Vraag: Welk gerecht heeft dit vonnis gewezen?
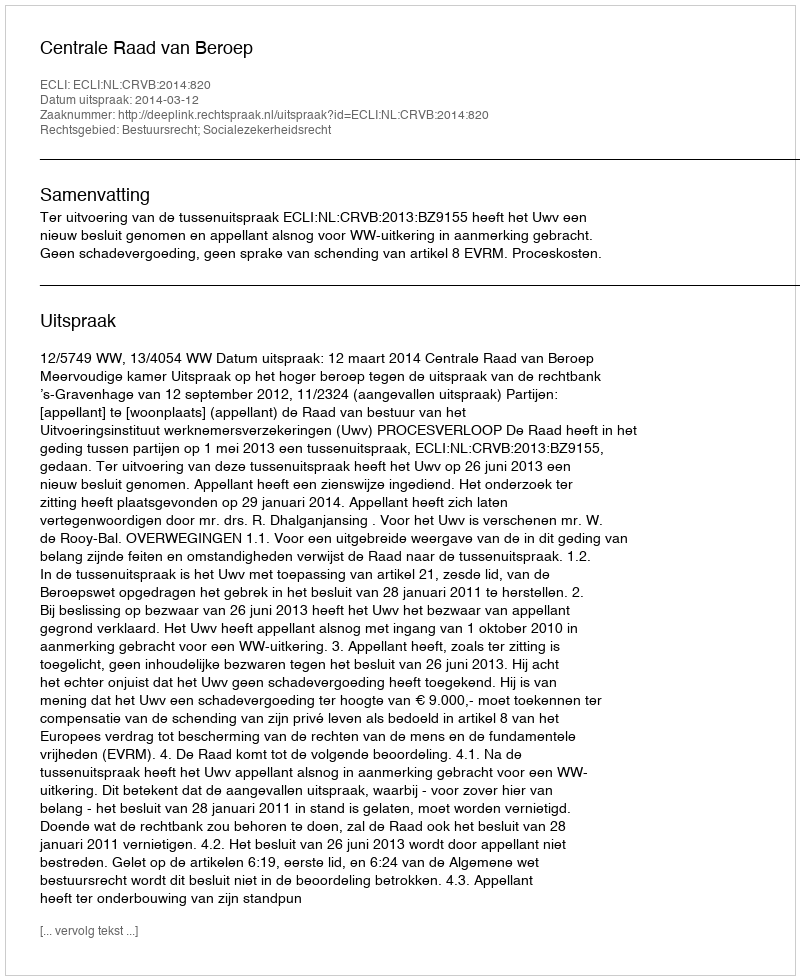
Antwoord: Centrale Raad van Beroep